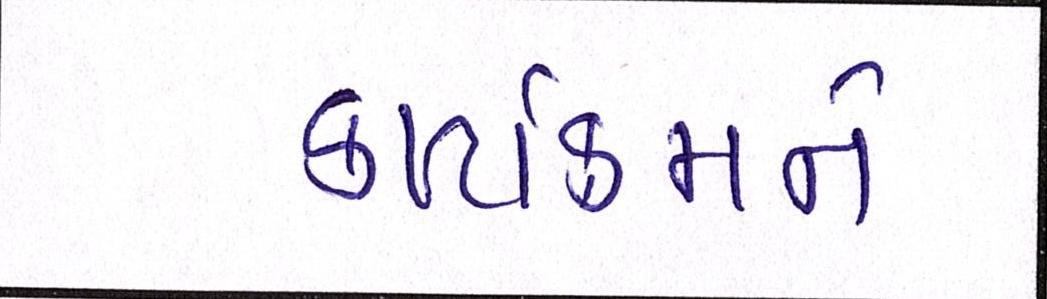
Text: કાર્યક્રમને